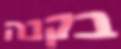
בקנה